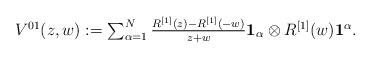
LaTeX: \begin{align*} \textstyle {V^{01}}(z,w) := \sum_{\alpha=1}^N \frac{R^{[1]}(z) -R^{[1]}(-w) }{z+w} \mathbf 1_\alpha \otimes R^{[1]}(w)\mathbf 1^\alpha.\end{align*}